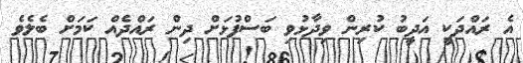
އެ ރައްދަކީ އަދީބު ކުރިން ވިދާޅުވި ބަސްފުޅަށް ދިން ރައްދެއް ކަމަށް ބެލެވެ